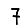
Digit: 7